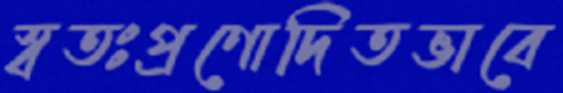
স্বতঃপ্রণোদিতভাবে